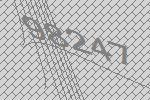
98247